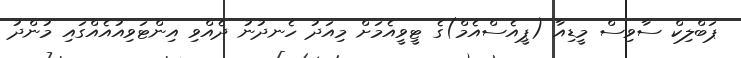
ޕަބްލިކް ސާވިސް މީޑިއާ (ޕީއެސްއެމް)ގެ ޓީވީއެމަށް މިއަދު ހެނދުނު ދެއްވި އިންޓަވިއުއެއްގައި މުންދު